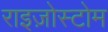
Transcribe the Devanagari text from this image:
राइज़ोस्टोम